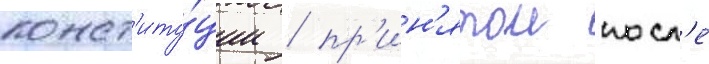
конст'иту́ции / пр'ин'ятои посл'е